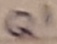
Text: Q1